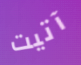
آتيت